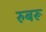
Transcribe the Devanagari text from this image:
रुबरू